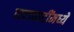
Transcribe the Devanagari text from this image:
वाटाघाटींमध्ये